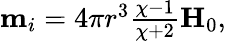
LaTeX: \begin{array}{r}{\textbf{m}_{i}=4\pi r^{3}\frac{\chi-1}{\chi+2}\textbf{H}_{0},}\end{array}